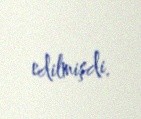
edilmişdi.